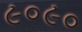
૯૦૯૦